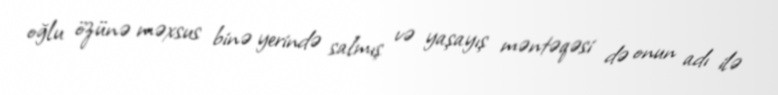
oğlu özünə məxsus binə yerində salmış və yaşayış məntəqəsi də onun adı ilə